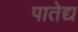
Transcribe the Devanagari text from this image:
पातेद्य